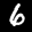
Label: 6